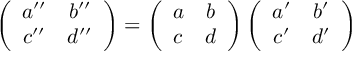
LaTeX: \left( \begin{array} { c c } { { a ^ { \prime \prime } } } & { { b ^ { \prime \prime } } } \\ { { c ^ { \prime \prime } } } & { { d ^ { \prime \prime } } } \end{array} \right) = \left( \begin{array} { c c } { { a } } & { { b } } \\ { { c } } & { { d } } \end{array} \right) \left( \begin{array} { c c } { { a ^ { \prime } } } & { { b ^ { \prime } } } \\ { { c ^ { \prime } } } & { { d ^ { \prime } } } \end{array} \right)